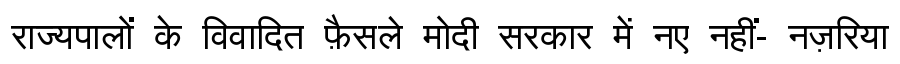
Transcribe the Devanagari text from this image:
राज्यपालों के विवादित फ़ैसले मोदी सरकार में नए नहीं- नज़रिया